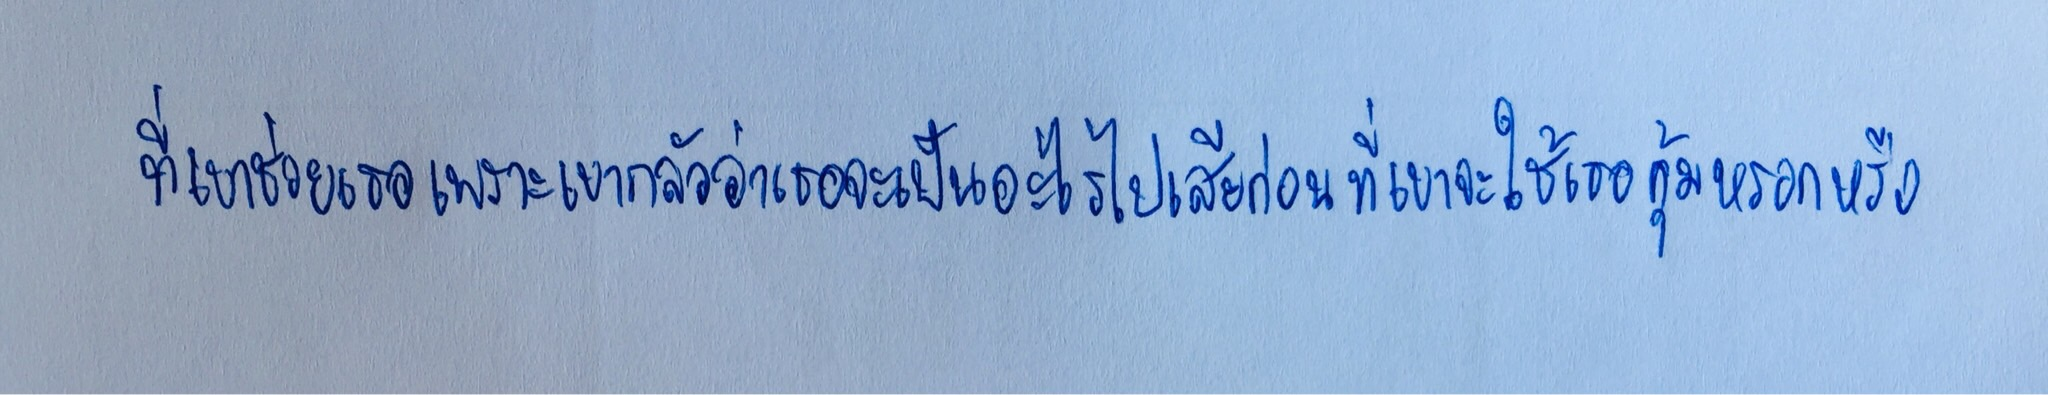
ที่เขาช่วยเธอเพราะเขากลัวว่าเธอจะเป็นอะไรไปเสียก่อนที่เขาจะใช้เธอคุ้มหรอกหรือ